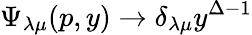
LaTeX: \Psi_{\lambda\mu}(p,y)\rightarrow\delta_{\lambda\mu}y^{\Delta-1}